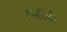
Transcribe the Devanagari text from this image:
लसींची